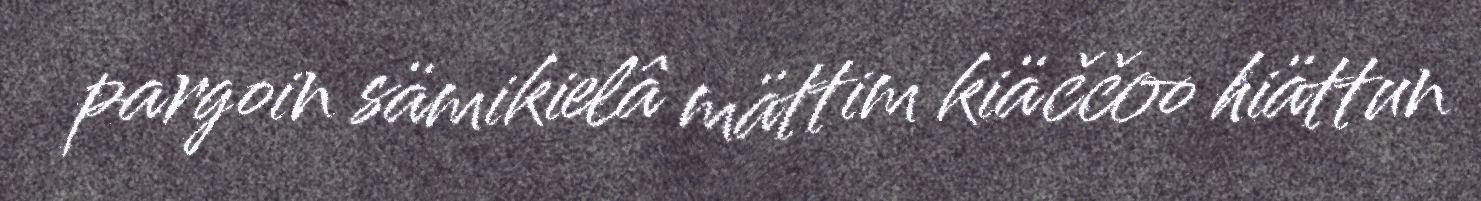
pargoin sämikielâ mättim kiäččoo hiättun